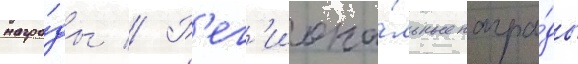
награ́ды // Р'ег'иона́льные награ́ды